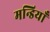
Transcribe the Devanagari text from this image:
मन्डियाँ